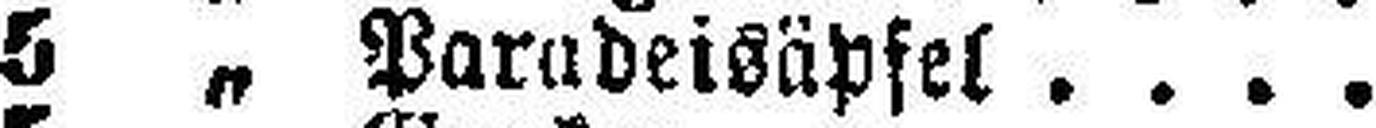
5 „ Paradeisäpfel